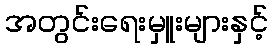
အတွင်းရေးမှူးများနှင့်